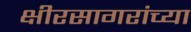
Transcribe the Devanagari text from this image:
क्षीरसागरांच्या